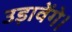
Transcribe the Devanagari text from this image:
उड़ावेंगे।